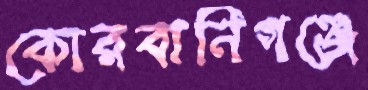
কোরবানিগঞ্জে